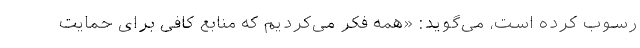
رسوب کرده است، می‌گوید: «همه فکر می‌کردیم که منابع کافی برای حمایت